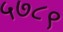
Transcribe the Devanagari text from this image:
५७८९